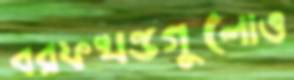
বরফখণ্ডগুলোও